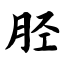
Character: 胫